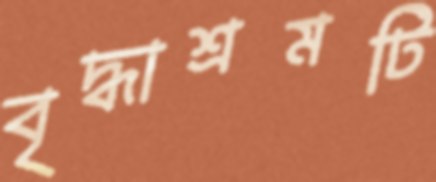
বৃদ্ধাশ্রমটি